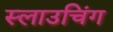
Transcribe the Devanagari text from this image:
स्लाउचिंग